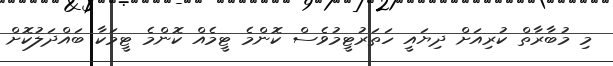
މި މުބާރާތް ކުރިއަށް ދިޔައީ ހަތަރުޓީމުވެސް ކޮންމެ ޓީމެއް ކޮންމެ ޓީމަކާ ބައްދަލުކޮށް